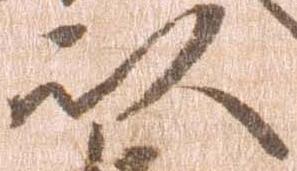
以